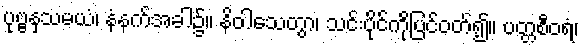
ပုဗ္ဗနှသမယံ၊ နံနက်အခါ၌။ နိဝါသေတွာ၊ သင်းပိုင်ကိုပြင်ဝတ်၍။ ပတ္တစီဝရံ၊